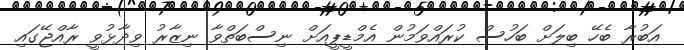
އަބުރާ ބެހޭ ބިލަށް ބަހުސް ކުރައްވަމުން އެމްޑީޕީއަށް ނިސްބަތްވާ ނިޒާރު ވިދާޅުވީ ރާއްޖޭގައި